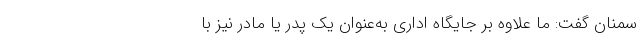
سمنان گفت: ما علاوه بر جایگاه اداری به‌عنوان یک پدر یا مادر نیز با